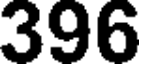
396